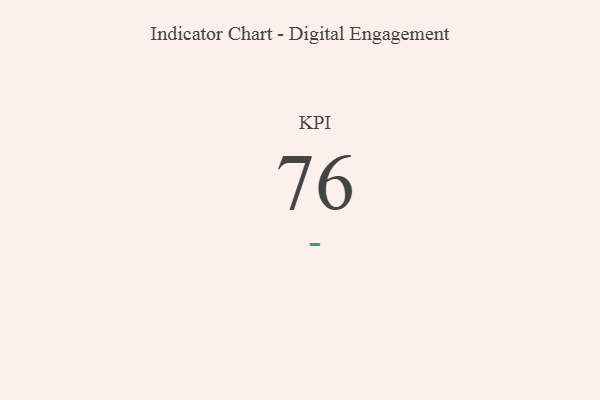
{"axis": {"x": "KPI", "y": "Value"}, "legend": [""], "data": [{"x": "KPI", "y": 76, "type": ""}]}